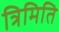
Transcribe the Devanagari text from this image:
त्रिमिति